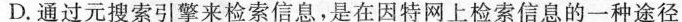
D. 通过元搜索引擎来检索信息，是在因特网上检索信息的一种途径